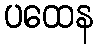
ပထေန